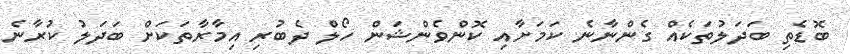
ބޮޑެތި ބަދަލުތަކެއް ގެންނާނެ ކަމަށާއި ކޮންވެންޝަން ހޯލް ދެބުރި އިމާރާތަކަށް ބަދަލު ކުރާނެ